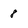
Character: 8